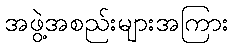
အဖွဲ့အစည်းများအကြား